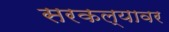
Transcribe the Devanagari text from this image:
सरकल्यावर